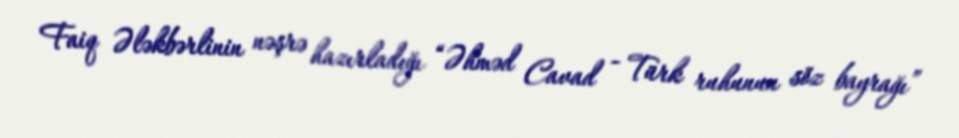
Faiq Ələkbərlinin nəşrə hazırladığı “Əhməd Cavad - Türk ruhunun söz bayrağı”